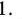
1.